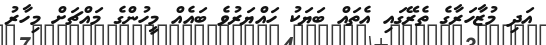
އަދި މުޒާހަރާގެ ތެރޭގައި އެތައް ބަޔަކު ހައްޔަރުވެ ބައެއް މީހުންގެ މައްޗަށް މިހާރު